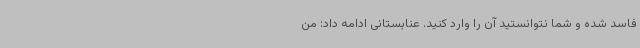
فاسد شده و شما نتوانستید آن را وارد کنید. عنابستانی ادامه داد: من